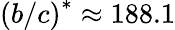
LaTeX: \left(b/c\right)^{\ast}\approx 188.1